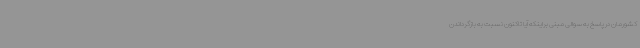
کشورمان در پاسخ به سوالی مبنی براینکه آیا تاکنون نسبت به بازگرداندن